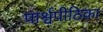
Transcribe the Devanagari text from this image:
पार्श्वपीठिका